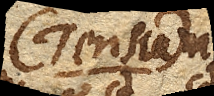
(Tensum)